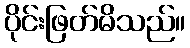
ပိုင်းဖြတ်မိသည်။